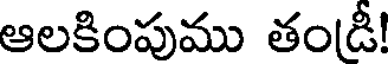
ఆలకింపుము తండీ!